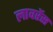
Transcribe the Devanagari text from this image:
लावरेंस